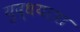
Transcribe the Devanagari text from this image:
युद्धयात्रा